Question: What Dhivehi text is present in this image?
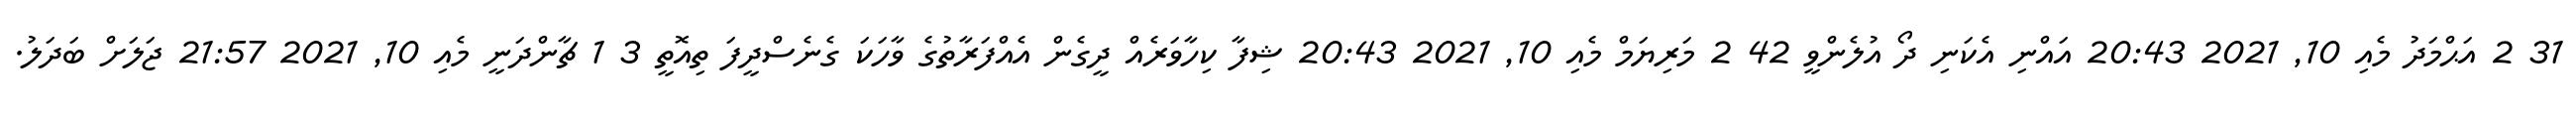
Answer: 31 2 އަޙްމަދު މެއި 10, 2021 20:43 އައްނި އެކަނި ދޯ އުލެންވީ 42 2 މަރިޔަމް މެއި 10, 2021 20:43 ޝިފާ ކިހާވަރެއް ދީގެން އެއްފަރާތުގެ ވާހަކަ ގެނެސްދީފަ ތިއޮތީ 3 1 ޗާންދަނީ މެއި 10, 2021 21:57 ޖަލަށް ބަދަލު.